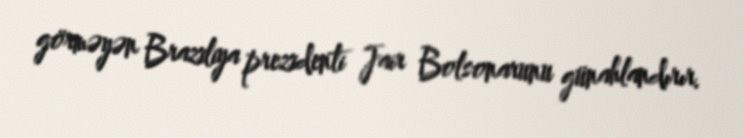
görməyən Braziliya prezidenti Jair Bolsonarunu günahlandırır.